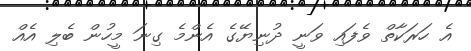
އެ ހަރަކާތް ވެފައި ވަނީ ދުނިޔޭގެ އެންމެ ގިނަ މީހުން ބެލި އެއް